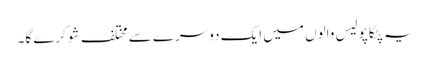
یہ پٹکا پولیس والوں میں ایک دوسرے سے مختلف شو کرے گا۔